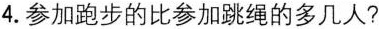
4.参加跑步的比参加跳绳的多几人?